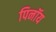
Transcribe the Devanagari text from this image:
पिनॉय